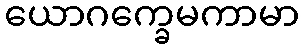
ယောဂက္ခေမကာမာ